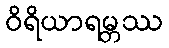
ဝိရိယာရမ္ဘဿ